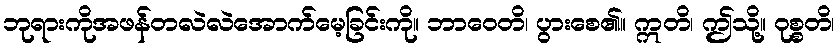
ဘုရားကိုအဖန်တလဲလဲအောက်မေ့ခြင်းကို။ ဘာဝေတိ၊ ပွားစေ၏။ ဣတိ၊ ဤသို့။ ဝုစ္စတိ၊